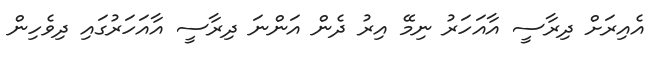
އެއިރަށް ދިރާސީ އާއަހަރު ނިމޭ އިރު ދެން އަންނަ ދިރާސީ އާއަހަރުގައި ދިވެހިން